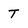
Character: t